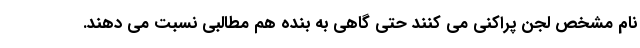
نام مشخص لجن پراکنی می کنند حتی گاهی به بنده هم مطالبی نسبت می دهند.